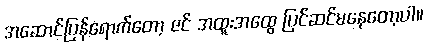
အဆောင်ပြန်ရောက်တော့ ဇင် အထူးအထွေ ပြင်ဆင်မနေတော့ပါ။